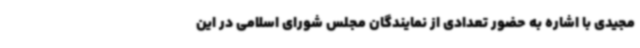
مجیدی با اشاره به حضور تعدادی از نمایندگان مجلس شورای اسلامی در این